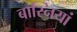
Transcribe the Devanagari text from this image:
बास्नियां